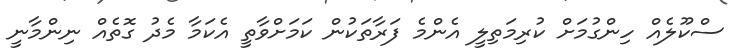
ސްކޫލެއް ހިންގުމަށް ކުރިމަތިލީ އެންމެ ފަރާތަކުން ކަމަށްވާތީ އެކަމާ މެދު ގޮތެއް ނިންމާނީ